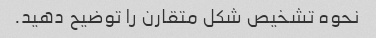
نحوه تشخیص شکل متقارن را توضیح دهید.